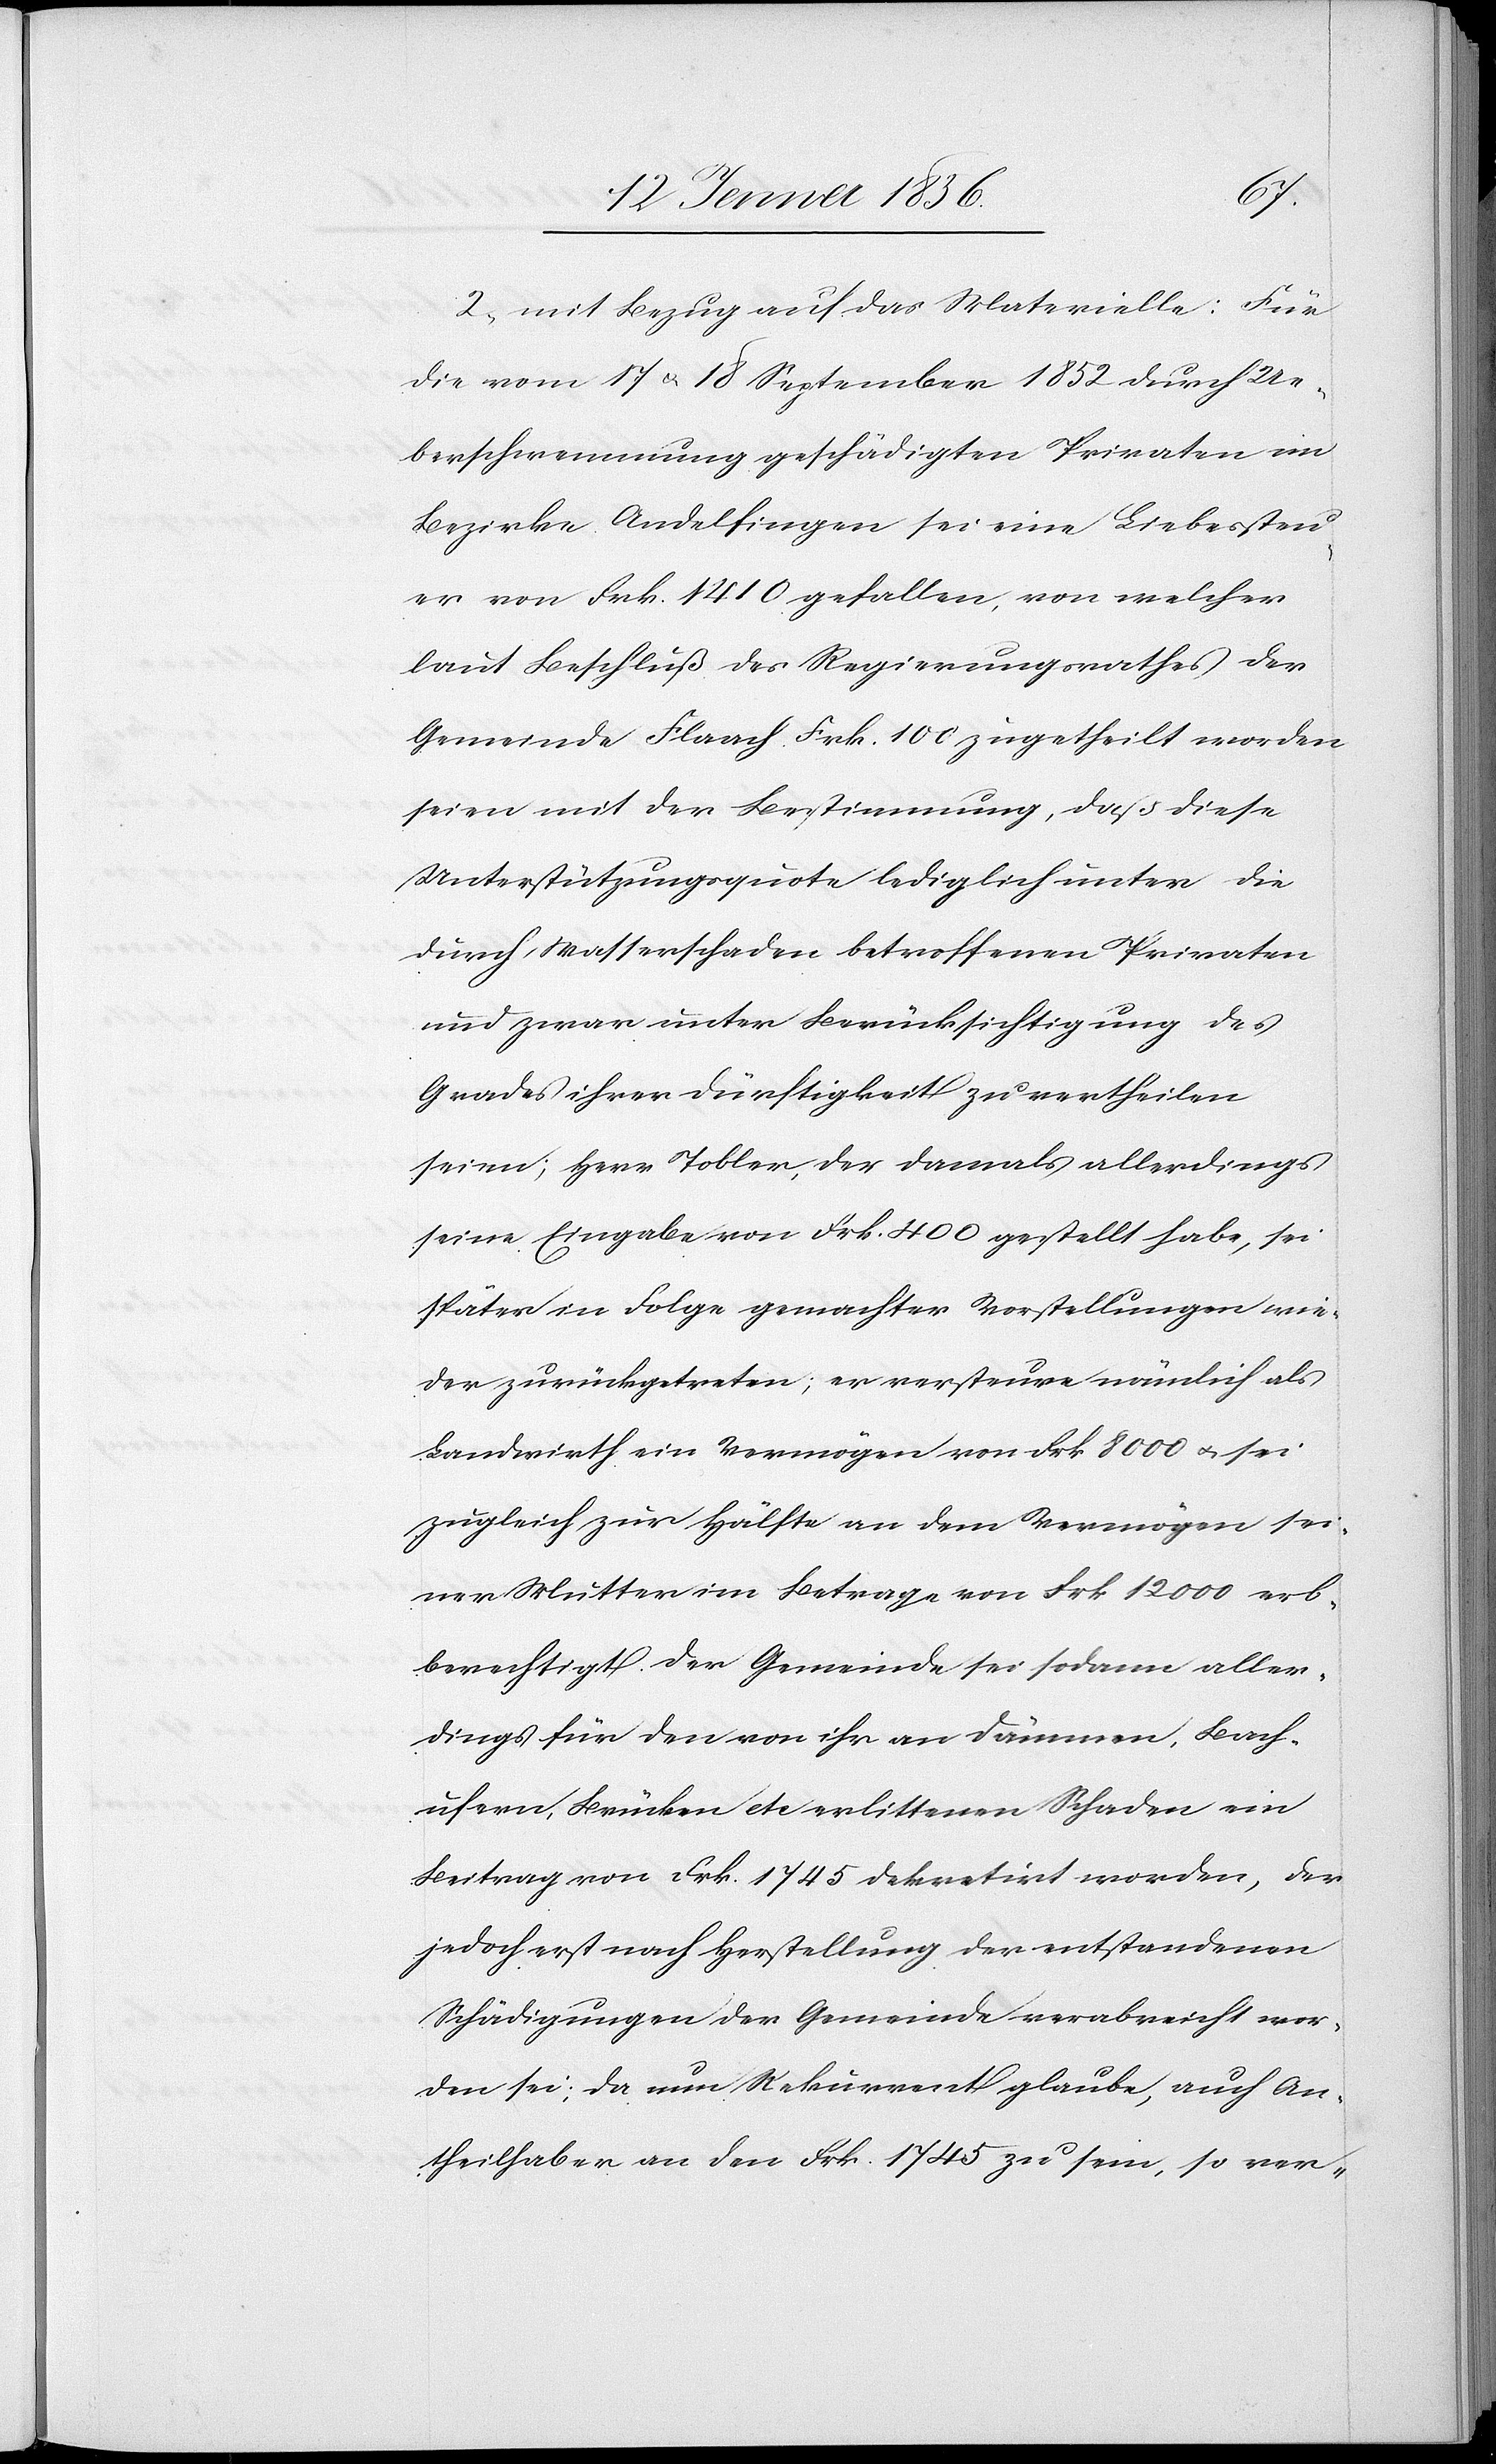
2., mit Bezug auf das Materielle: Für
die vom 17 u. 18 September 1852 durch Ue¬
berschwemmung geschädigten Privaten im
Bezirke Andelfingen sei eine Liebessteu¬
er von Frk. 1410 gefallen, von welcher
laut Beschluß des Regierungsrathes der
Gemeinde Flaach Frk. 100 zugetheilt worden
seien mit der Bestimmung, daß diese
Unterstützungsquote lediglich unter die
durch Wasserschaden betroffenen Privaten
und zwar unter Berücksichtigung des
Grades ihrer Dürftigkeit zu vertheilen
seien; Herr Tobler, der damals allerdings
seine Eingabe von Frk. 400 gestellt habe, sei
später in Folge gemachter Vorstellungen wie¬
der zurückgetreten; er versteure nämlich als
Landwirth ein Vermögen von Frk 8000 u. sei
zugleich zur Hälfte an dem Vermögen sei¬
ner Mutter im Betrage von Frk 12000 erb¬
berechtigt. Der Gemeinde sei sodann aller¬
dings für den von ihr an Dämmen, Bach¬
ufern, Brücken etc erlittenen Schaden ein
Betrag von Frk. 1745 dekretirt worden, der
jedoch erst nach Herstellung der entstandenen
Schädigungen der Gemeinde verabreicht wor¬
den sei; da nun Rekurrent glaube, auf An¬
theilhabe an den Frk. 1745 zu sein, so ver-